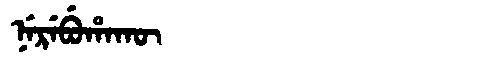
Manchu: ᠨᡝᡵᡝᠪᡠᡥᠠᡴᡡ
Romanization: NEREBUHAKŪ